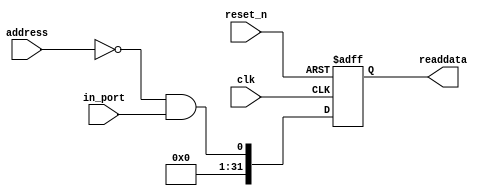
module niosII_system_switch_1 (
                               address,
                               clk,
                               in_port,
                               reset_n,
                               readdata
                            )
;
  output  [ 31: 0] readdata;
  input   [  1: 0] address;
  input            clk;
  input            in_port;
  input            reset_n;
  wire             clk_en;
  wire             data_in;
  wire             read_mux_out;
  reg     [ 31: 0] readdata;
  assign clk_en = 1;
  assign read_mux_out = {1 {(address == 0)}} & data_in;
  always @(posedge clk or negedge reset_n)
    begin
      if (reset_n == 0)
          readdata <= 0;
      else if (clk_en)
          readdata <= {32'b0 | read_mux_out};
    end
  assign data_in = in_port;
endmodule